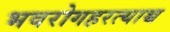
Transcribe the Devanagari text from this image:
भवरोगहरत्याच्च